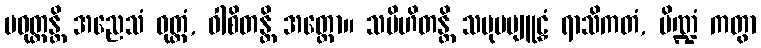
ပဝုတ္တန္တိ အညေသံ ဝုတ္တံ, ဝါစိတန္တိ အတ္ထော။ သမိဟိတန္တိ သမုပဗျူဠှံ ရာသိကတံ, ပိဏ္ဍံ ကတွာ